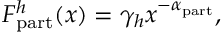
F _ { \mathrm { p a r t } } ^ { h } ( x ) = \gamma _ { h } x ^ { - \alpha _ { \mathrm { p a r t } } } ,